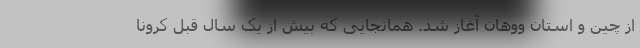
از چین و استان ووهان آغاز شد. همانجایی که بیش از یک سال قبل کرونا